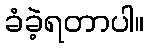
ခံခဲ့ရတာပါ။